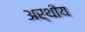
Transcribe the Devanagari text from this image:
अर्थीय